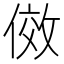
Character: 傚